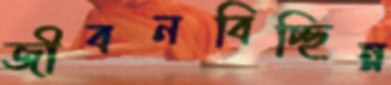
জীবনবিচ্ছিন্ন